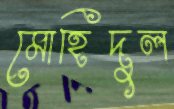
মোহিদুল